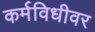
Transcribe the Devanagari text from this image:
कर्मविधीवर